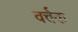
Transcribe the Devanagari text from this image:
वर्त्तक